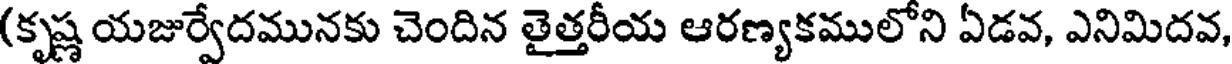
(కృష్ణ యజుర్వేదమునకు చెందిన తైత్తరీయ ఆరణ్యకములోని ఏడవ, ఎనిమిదవ